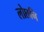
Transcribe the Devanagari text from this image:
लोछनि